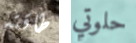
طاقته حلوتي